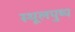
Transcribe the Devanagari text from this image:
स्थूलपुष्प